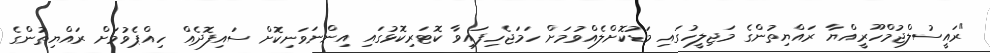
"ރައީސުލްޖުމްހޫރީއްޔާ ރައްޔިތުންގެ މަޖިލީހުގައި މަޑުކޮށްލެއްވުމަށް ހަމަޖެހިފައިވާ ކޮޓަރިކޮޅުގައި އިންނަވަނިކޮށް ސައިފޮދެއް ހިއްޕެވުމަށް ރައްޔިތުންގެ